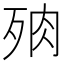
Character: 𣧻